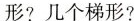
形?几个梯形?